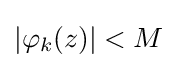
|\varphi _{k}(z)|<M